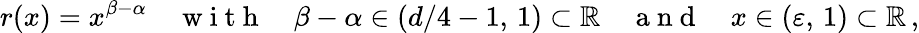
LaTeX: r(x)=x^{\beta-\alpha}\quad\mathrm{~w~i~t~h~}\quad\beta-\alpha\in(d/4-1,\, 1)\subset\mathbb R\quad\mathrm{~a~n~d~}\quad x\in(\varepsilon,\, 1)\subset\mathbb R\, ,